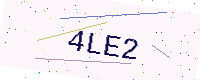
Text: 4LE2